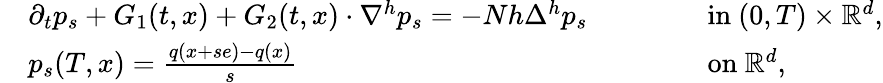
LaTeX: \begin{array}{rlrl}&{\partial_{t}p_{s}+G_{1}(t,x)+G_{2}(t,x)\cdot\nabla^{h}p_{s}=-Nh\Delta^{h}p_{s}\qquad}&&{\mathrm{~in~}(0,T)\times{\mathbb{R}}^{d},}\\ &{p_{s}(T,x)=\frac{q(x+se)-q(x)}{s}\qquad}&&{\mathrm{~on~}{\mathbb{R}}^{d},}\end{array}